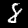
Digit: 8